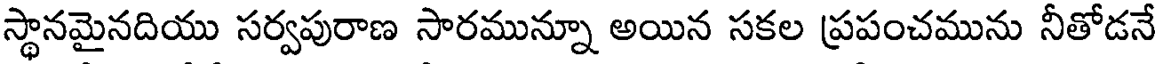
స్థానమైనదియు సర్వపురాణ సారమున్నూ అయిన సకల ప్రపంచమును నీతోడనే